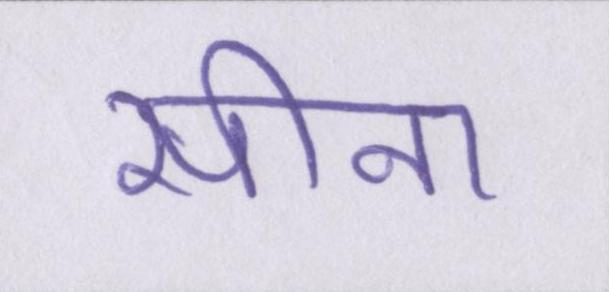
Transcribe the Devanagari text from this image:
सीना